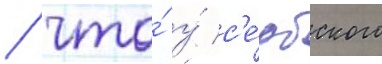
/ что́ у́ с'е́рбского